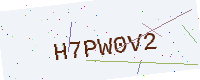
Text: H7PW0V2